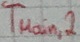
Text: TMain,2